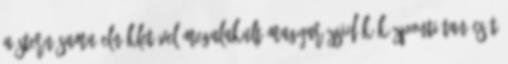
A Stern Samu elnökletével megalakult Magyar Zsidók Központi Tanácsát